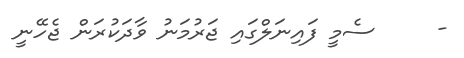
-     ސެމީ ފައިނަލްގައި ޖަރުމަނު ވާދަކުރަން ޖެހޭނީ